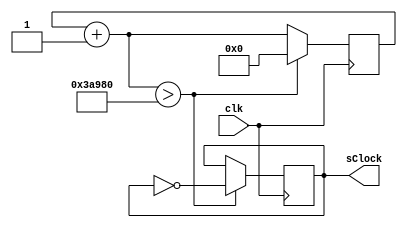
module slowClock(clk,sClock);

input clk;
output sClock;
// clock inputs can be 50, 27, 24MHz from DE1 board
reg [24:0] divCount;
reg slowClock;
reg [8:0] count;

parameter CLOCK =24000000;  // MHz
parameter tenHz = 100;

parameter n = CLOCK/tenHz;

assign sClock = slowClock;

always @ ( posedge clk)
  begin
     divCount = divCount + 1'b1;
     if (divCount > n)
        begin
         divCount = 25'd0;
         slowClock = slowClock ^ 1'b1;
        end
  end


 endmodule